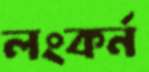
লংকর্ন